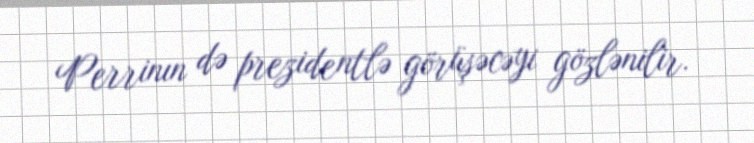
Perrinın də prezidentlə görüşəcəyi gözlənilir.